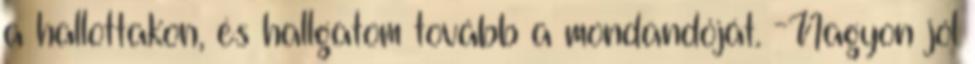
a hallottakon, és hallgatom tovább a mondandóját. -Nagyon jól